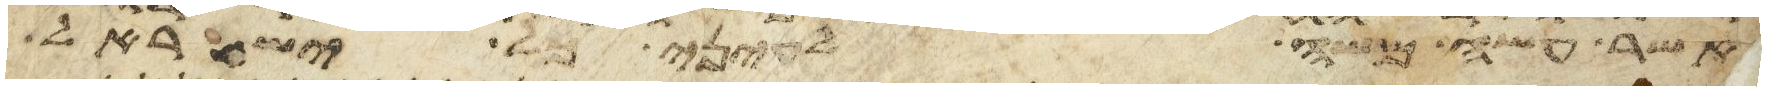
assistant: אשר עשה משה לעיני כל ישראל